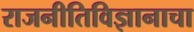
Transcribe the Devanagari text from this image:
राजनीतिविज्ञानाचा